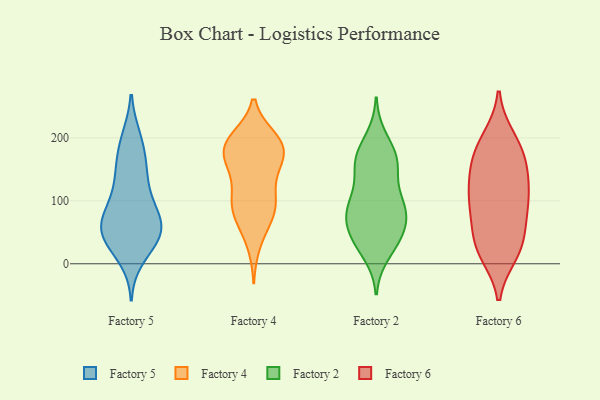
{"axis": {"x": "Market Share (%)", "y": "Value"}, "legend": ["Factory 2", "Factory 4", "Factory 5", "Factory 6"], "data": [{"x": "", "y": 153, "type": "Factory 5"}, {"x": "", "y": 59, "type": "Factory 5"}, {"x": "", "y": 198, "type": "Factory 5"}, {"x": "", "y": 49, "type": "Factory 5"}, {"x": "", "y": 93, "type": "Factory 5"}, {"x": "", "y": 84, "type": "Factory 5"}, {"x": "", "y": 42, "type": "Factory 5"}, {"x": "", "y": 172, "type": "Factory 5"}, {"x": "", "y": 144, "type": "Factory 5"}, {"x": "", "y": 107, "type": "Factory 5"}, {"x": "", "y": 10, "type": "Factory 5"}, {"x": "", "y": 44, "type": "Factory 5"}, {"x": "", "y": 61, "type": "Factory 5"}, {"x": "", "y": 70, "type": "Factory 5"}, {"x": "", "y": 38, "type": "Factory 5"}, {"x": "", "y": 134, "type": "Factory 5"}, {"x": "", "y": 200, "type": "Factory 5"}, {"x": "", "y": 34, "type": "Factory 5"}, {"x": "", "y": 67, "type": "Factory 5"}, {"x": "", "y": 193, "type": "Factory 4"}, {"x": "", "y": 149, "type": "Factory 4"}, {"x": "", "y": 86, "type": "Factory 4"}, {"x": "", "y": 31, "type": "Factory 4"}, {"x": "", "y": 71, "type": "Factory 4"}, {"x": "", "y": 152, "type": "Factory 4"}, {"x": "", "y": 69, "type": "Factory 4"}, {"x": "", "y": 199, "type": "Factory 4"}, {"x": "", "y": 103, "type": "Factory 4"}, {"x": "", "y": 105, "type": "Factory 4"}, {"x": "", "y": 187, "type": "Factory 4"}, {"x": "", "y": 87, "type": "Factory 4"}, {"x": "", "y": 107, "type": "Factory 4"}, {"x": "", "y": 181, "type": "Factory 4"}, {"x": "", "y": 193, "type": "Factory 4"}, {"x": "", "y": 156, "type": "Factory 4"}, {"x": "", "y": 197, "type": "Factory 4"}, {"x": "", "y": 181, "type": "Factory 4"}, {"x": "", "y": 166, "type": "Factory 4"}, {"x": "", "y": 81, "type": "Factory 2"}, {"x": "", "y": 38, "type": "Factory 2"}, {"x": "", "y": 64, "type": "Factory 2"}, {"x": "", "y": 175, "type": "Factory 2"}, {"x": "", "y": 49, "type": "Factory 2"}, {"x": "", "y": 169, "type": "Factory 2"}, {"x": "", "y": 200, "type": "Factory 2"}, {"x": "", "y": 96, "type": "Factory 2"}, {"x": "", "y": 100, "type": "Factory 2"}, {"x": "", "y": 38, "type": "Factory 2"}, {"x": "", "y": 164, "type": "Factory 2"}, {"x": "", "y": 160, "type": "Factory 2"}, {"x": "", "y": 16, "type": "Factory 2"}, {"x": "", "y": 88, "type": "Factory 2"}, {"x": "", "y": 98, "type": "Factory 2"}, {"x": "", "y": 142, "type": "Factory 2"}, {"x": "", "y": 86, "type": "Factory 2"}, {"x": "", "y": 33, "type": "Factory 2"}, {"x": "", "y": 66, "type": "Factory 2"}, {"x": "", "y": 156, "type": "Factory 2"}, {"x": "", "y": 16, "type": "Factory 6"}, {"x": "", "y": 196, "type": "Factory 6"}, {"x": "", "y": 164, "type": "Factory 6"}, {"x": "", "y": 45, "type": "Factory 6"}, {"x": "", "y": 31, "type": "Factory 6"}, {"x": "", "y": 17, "type": "Factory 6"}, {"x": "", "y": 85, "type": "Factory 6"}, {"x": "", "y": 68, "type": "Factory 6"}, {"x": "", "y": 107, "type": "Factory 6"}, {"x": "", "y": 99, "type": "Factory 6"}, {"x": "", "y": 150, "type": "Factory 6"}, {"x": "", "y": 27, "type": "Factory 6"}, {"x": "", "y": 133, "type": "Factory 6"}, {"x": "", "y": 179, "type": "Factory 6"}, {"x": "", "y": 96, "type": "Factory 6"}, {"x": "", "y": 119, "type": "Factory 6"}, {"x": "", "y": 200, "type": "Factory 6"}, {"x": "", "y": 161, "type": "Factory 6"}]}